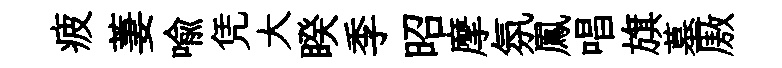
疲萋喻凭大睽季昭摩氛鳳唱旗墓厫